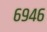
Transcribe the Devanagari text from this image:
६९४६